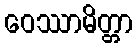
ဝေဿာမိတ္တာ